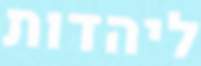
ליהדות